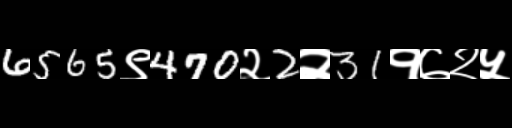
Text: 6565९470२2२31१७२५